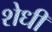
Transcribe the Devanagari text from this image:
शेधी